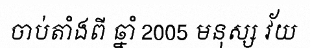
ចាប់តាំងពី ឆ្នាំ 2005 មនុស្ស វ័យ